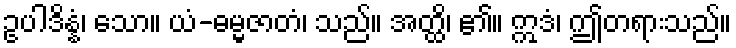
ဥပါဒိန္နံ၊ သော။ ယံ-ဓမ္မဇာတံ၊ သည်။ အတ္ထိ၊ ၏။ ဣဒံ၊ ဤတရားသည်။